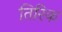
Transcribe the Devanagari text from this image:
तिरिक